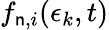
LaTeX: f_{\mathsf{n},i}(\epsilon_{k},t)